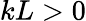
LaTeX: kL>0